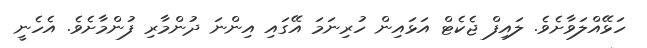
ހަޅޭއްލަވާށެވެ. ލައިފް ޖެކެޓް އަޅައިން ހުރިނަމަ އޭގައި އިންނަ ދުންމާރި ފުންމާށެވެ. އެހެނީ